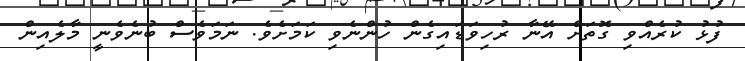
ފުޅު ކުރެއްވި ގޮތަށް އޭނާ ރުހިވަޑައިގެން ހުންނެވި ކަމަށެވެ. ނަމަވެސް ބުނެވެނީ މާލެއިން